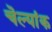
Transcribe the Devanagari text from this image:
चॆल्यांक